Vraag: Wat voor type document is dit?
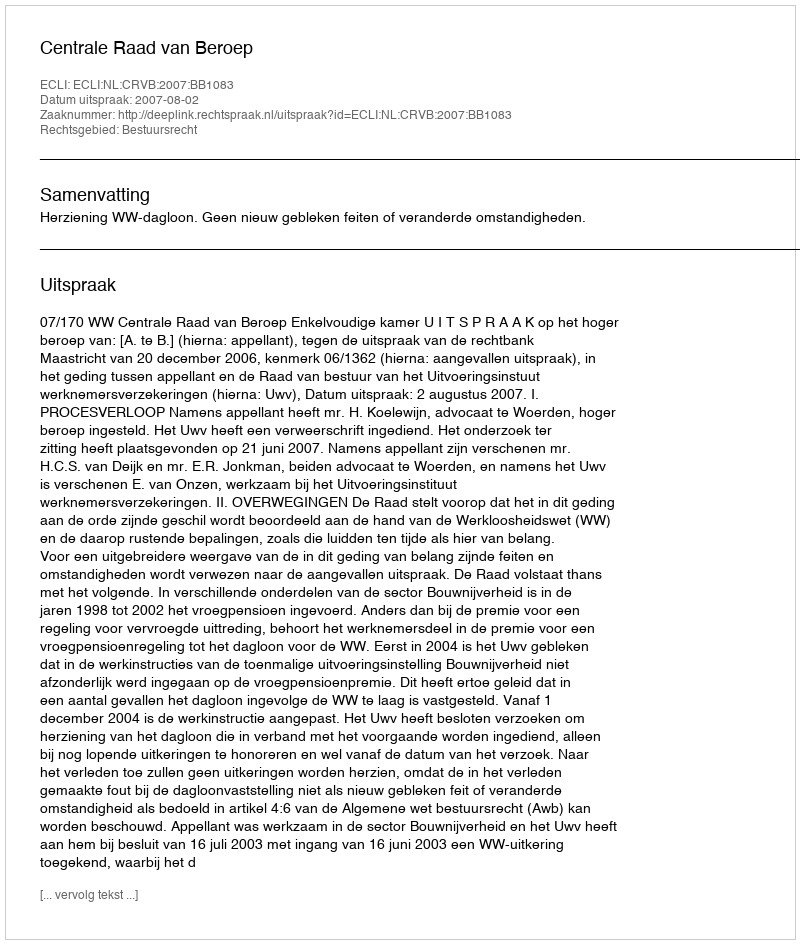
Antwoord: Uitspraak